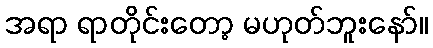
အရာ ရာတိုင်းတော့ မဟုတ်ဘူးနော်။